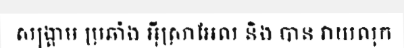
សង្គ្រាម ប្រឆាំង អ៊ីស្រាអែល និង បាន វាយលុក